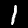
Digit: 1